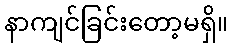
နာကျင်ခြင်းတော့မရှိ။